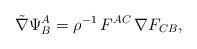
LaTeX: \begin{align*}{\tilde\nabla}\Psi^A_B =\rho^{-1}\,F^{AC}\,\nabla F_{CB},\end{align*}